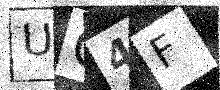
Text: UG4F